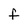
Character: F